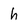
Character: h